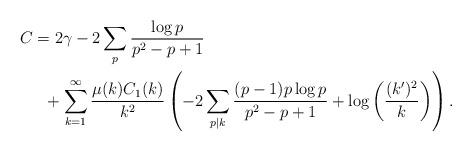
LaTeX: \begin{align*} C&= 2\gamma-2\sum_{p}\frac{\log p}{p^2-p+1} \\ & \ \ + \sum_{k=1}^{\infty} \frac{\mu(k)C_1(k)}{k^2}\left(-2\sum_{p|k}\frac{(p-1)p\log p}{p^2-p+1}+\log\left(\frac{(k')^2}{k}\right)\right). \end{align*}